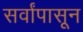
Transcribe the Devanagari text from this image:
सर्वांपासून